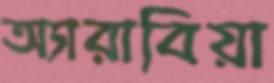
অ্যারাবিয়া